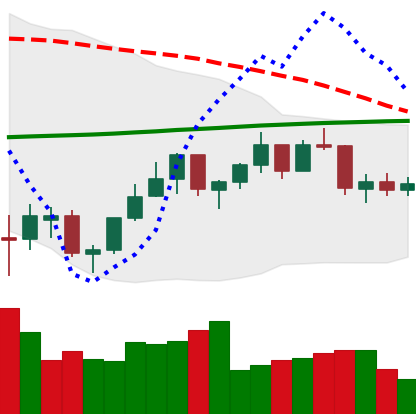
Ticker: ETH-USD
Chart end date: 2021-07-11
Forward return: -12.118%
Label: down_7plus